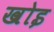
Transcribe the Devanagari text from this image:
खोइ